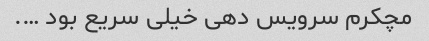
مچکرم سرویس دهی خیلی سریع بود ….